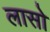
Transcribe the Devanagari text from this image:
लासो